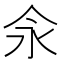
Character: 𰁯